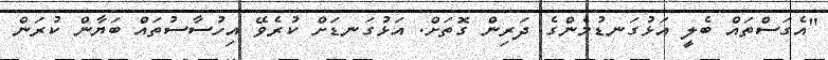
"އެގަސްތައް ބެލީ އަޅުގަނޑުމެންގެ ދަރިން ގޮތަށް. އަޅުގަނޑަށް ކުރެވޭ އިހުސާސުތައް ބަޔާން ކުރަން